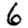
Digit: 6